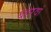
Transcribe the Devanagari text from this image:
बहरवां